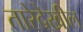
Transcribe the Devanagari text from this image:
तारेदेखील